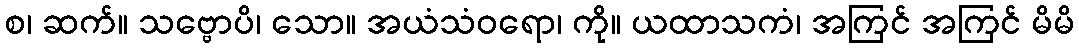
စ၊ ဆက်။ သဗ္ဗောပိ၊ သော။ အယံသံဝရော၊ ကို။ ယထာသကံ၊ အကြင် အကြင် မိမိ